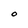
Character: O